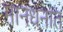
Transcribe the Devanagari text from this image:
मानधनात